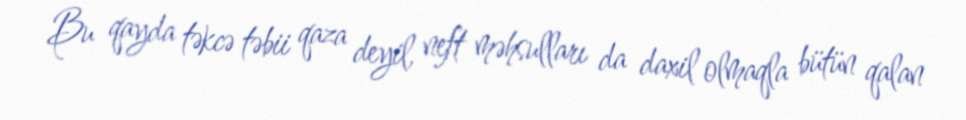
Bu qayda təkcə təbii qaza deyil, neft məhsulları da daxil olmaqla bütün qalan